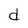
Character: d